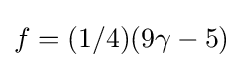
f=(1/4){(9\gamma -5)}